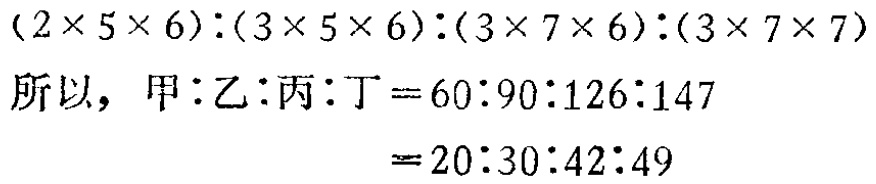
\((2\times 5\times 6):(3\times 5\times 6):(3\times 7\times 6):(3\times 7\times 7)\)

所以，甲：乙：丙：丁\(=60:90:126:147\)

\(=20:30:42:49\)